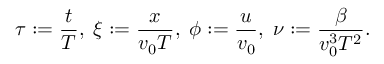
\tau : = \frac { t } { T } , \; \xi : = \frac { x } { v _ { 0 } T } , \; \phi : = \frac { u } { v _ { 0 } } , \; \nu : = \frac { \beta } { v _ { 0 } ^ { 3 } T ^ { 2 } } .